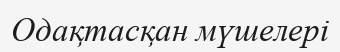
Одақтасқан мүшелері